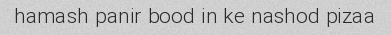
hamash panir bood in ke nashod pizaa